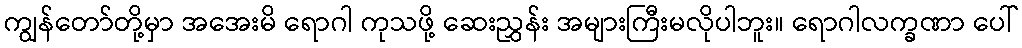
ကျွန်တော်တို့မှာ အအေးမိ ရောဂါ ကုသဖို့ ဆေးညွှန်း အများကြီးမလိုပါဘူး။ ရောဂါလက္ခဏာ ပေါ်